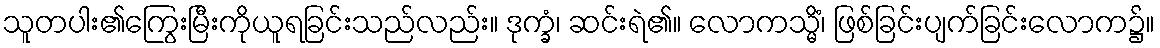
သူတပါး၏ကြွေးမြီးကိုယူရခြင်းသည်လည်း။ ဒုက္ခံ၊ ဆင်းရဲ၏။ လောကသ္မိံ၊ ဖြစ်ခြင်းပျက်ခြင်းလောက၌။